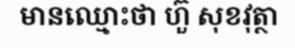
មានឈ្មោះថា ហ៊ួ សុខវុត្ថា